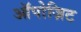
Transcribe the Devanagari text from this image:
ऑपोज़िट